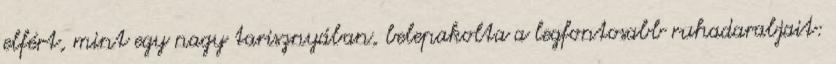
elfért, mint egy nagy tarisznyában, belepakolta a legfontosabb ruhadarabjait: